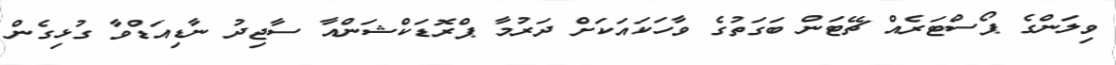
ވިލަންގެ ޕޯސްޓަރެއް ޗޭޓަން ބަގަތުގެ ވާހަކައަކަށް ދަރުމާ ޕްރޮޑަކްޝަންއާ ސާޖިދު ނާޑިއަޑްވާ ގުޅިގެން